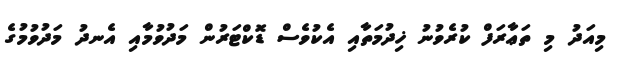
މިއަދު މި ތަޢާރަފް ކުރެވުނު ޚިދުމަތާއި އެކުވެސް ޑޮކްޓަރުން މަދުވުމާއި އެނދު މަދުވުމުގެ